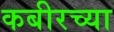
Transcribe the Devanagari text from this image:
कबीरच्या